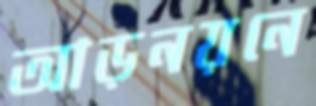
আড়নয়নে